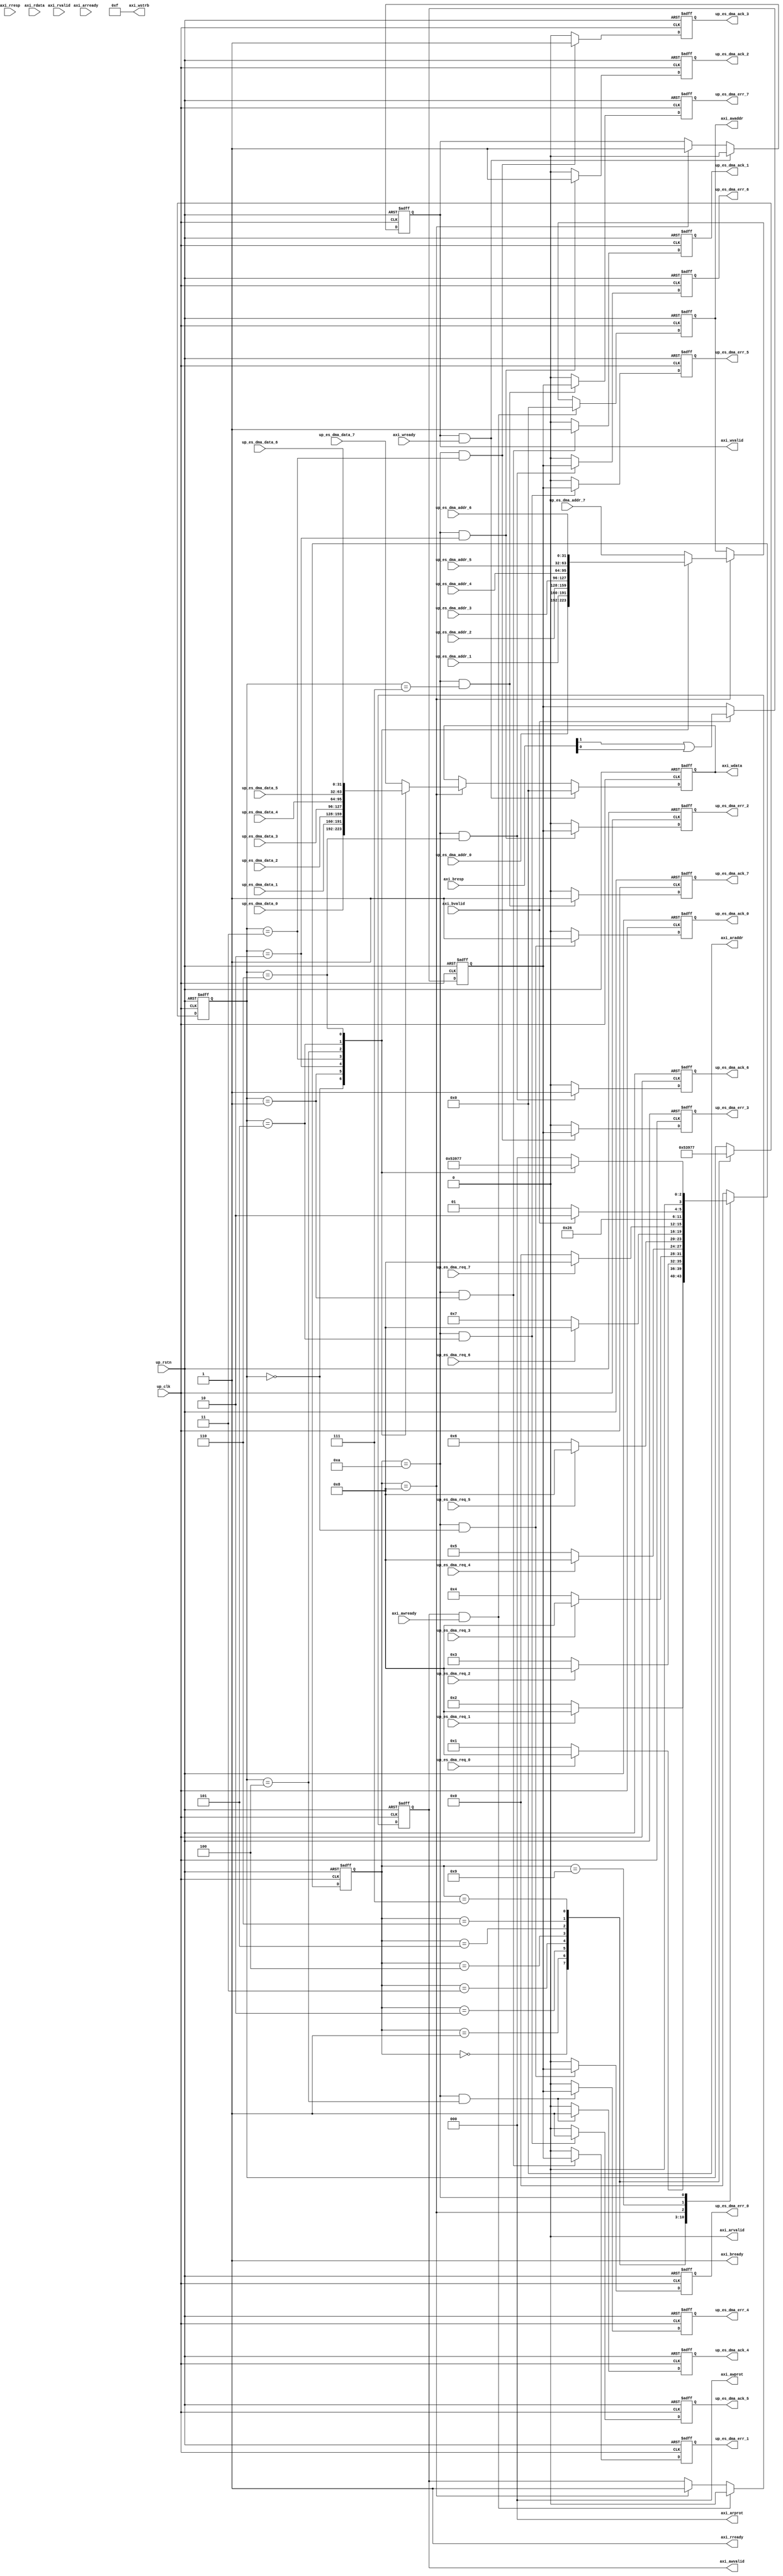
// ***************************************************************************
// ***************************************************************************
// Copyright 2011(c) Analog Devices, Inc.
// 
// All rights reserved.
// 
// Redistribution and use in source and binary forms, with or without modification,
// are permitted provided that the following conditions are met:
//     - Redistributions of source code must retain the above copyright
//       notice, this list of conditions and the following disclaimer.
//     - Redistributions in binary form must reproduce the above copyright
//       notice, this list of conditions and the following disclaimer in
//       the documentation and/or other materials provided with the
//       distribution.
//     - Neither the name of Analog Devices, Inc. nor the names of its
//       contributors may be used to endorse or promote products derived
//       from this software without specific prior written permission.
//     - The use of this software may or may not infringe the patent rights
//       of one or more patent holders.  This license does not release you
//       from the requirement that you obtain separate licenses from these
//       patent holders to use this software.
//     - Use of the software either in source or binary form, must be run
//       on or directly connected to an Analog Devices Inc. component.
//    
// THIS SOFTWARE IS PROVIDED BY ANALOG DEVICES "AS IS" AND ANY EXPRESS OR IMPLIED WARRANTIES,
// INCLUDING, BUT NOT LIMITED TO, NON-INFRINGEMENT, MERCHANTABILITY AND FITNESS FOR A
// PARTICULAR PURPOSE ARE DISCLAIMED.
//
// IN NO EVENT SHALL ANALOG DEVICES BE LIABLE FOR ANY DIRECT, INDIRECT, INCIDENTAL, SPECIAL,
// EXEMPLARY, OR CONSEQUENTIAL DAMAGES (INCLUDING, BUT NOT LIMITED TO, INTELLECTUAL PROPERTY
// RIGHTS, PROCUREMENT OF SUBSTITUTE GOODS OR SERVICES; LOSS OF USE, DATA, OR PROFITS; OR 
// BUSINESS INTERRUPTION) HOWEVER CAUSED AND ON ANY THEORY OF LIABILITY, WHETHER IN CONTRACT,
// STRICT LIABILITY, OR TORT (INCLUDING NEGLIGENCE OR OTHERWISE) ARISING IN ANY WAY OUT OF 
// THE USE OF THIS SOFTWARE, EVEN IF ADVISED OF THE POSSIBILITY OF SUCH DAMAGE.
// ***************************************************************************
// ***************************************************************************

`timescale 1ns/100ps

module ad_gt_es_axi (

  // es interface

  up_rstn,
  up_clk,
  up_es_dma_req_0,
  up_es_dma_addr_0,
  up_es_dma_data_0,
  up_es_dma_ack_0,
  up_es_dma_err_0,
  up_es_dma_req_1,
  up_es_dma_addr_1,
  up_es_dma_data_1,
  up_es_dma_ack_1,
  up_es_dma_err_1,
  up_es_dma_req_2,
  up_es_dma_addr_2,
  up_es_dma_data_2,
  up_es_dma_ack_2,
  up_es_dma_err_2,
  up_es_dma_req_3,
  up_es_dma_addr_3,
  up_es_dma_data_3,
  up_es_dma_ack_3,
  up_es_dma_err_3,
  up_es_dma_req_4,
  up_es_dma_addr_4,
  up_es_dma_data_4,
  up_es_dma_ack_4,
  up_es_dma_err_4,
  up_es_dma_req_5,
  up_es_dma_addr_5,
  up_es_dma_data_5,
  up_es_dma_ack_5,
  up_es_dma_err_5,
  up_es_dma_req_6,
  up_es_dma_addr_6,
  up_es_dma_data_6,
  up_es_dma_ack_6,
  up_es_dma_err_6,
  up_es_dma_req_7,
  up_es_dma_addr_7,
  up_es_dma_data_7,
  up_es_dma_ack_7,
  up_es_dma_err_7,

  // axi4 interface

  axi_awvalid,
  axi_awaddr,
  axi_awprot,
  axi_awready,
  axi_wvalid,
  axi_wdata,
  axi_wstrb,
  axi_wready,
  axi_bvalid,
  axi_bresp,
  axi_bready,
  axi_arvalid,
  axi_araddr,
  axi_arprot,
  axi_arready,
  axi_rvalid,
  axi_rresp,
  axi_rdata,
  axi_rready);

  // state machine (fair RR?)

  localparam  [ 3:0]  AXI_FSM_SCAN_0  = 4'h0;
  localparam  [ 3:0]  AXI_FSM_SCAN_1  = 4'h1;
  localparam  [ 3:0]  AXI_FSM_SCAN_2  = 4'h2;
  localparam  [ 3:0]  AXI_FSM_SCAN_3  = 4'h3;
  localparam  [ 3:0]  AXI_FSM_SCAN_4  = 4'h4;
  localparam  [ 3:0]  AXI_FSM_SCAN_5  = 4'h5;
  localparam  [ 3:0]  AXI_FSM_SCAN_6  = 4'h6;
  localparam  [ 3:0]  AXI_FSM_SCAN_7  = 4'h7;
  localparam  [ 3:0]  AXI_FSM_WRITE   = 4'h8;
  localparam  [ 3:0]  AXI_FSM_WAIT    = 4'h9;
  localparam  [ 3:0]  AXI_FSM_ACK     = 4'ha;

  // es interface

  input           up_rstn;
  input           up_clk;
  input           up_es_dma_req_0;
  input   [31:0]  up_es_dma_addr_0;
  input   [31:0]  up_es_dma_data_0;
  output          up_es_dma_ack_0;
  output          up_es_dma_err_0;
  input           up_es_dma_req_1;
  input   [31:0]  up_es_dma_addr_1;
  input   [31:0]  up_es_dma_data_1;
  output          up_es_dma_ack_1;
  output          up_es_dma_err_1;
  input           up_es_dma_req_2;
  input   [31:0]  up_es_dma_addr_2;
  input   [31:0]  up_es_dma_data_2;
  output          up_es_dma_ack_2;
  output          up_es_dma_err_2;
  input           up_es_dma_req_3;
  input   [31:0]  up_es_dma_addr_3;
  input   [31:0]  up_es_dma_data_3;
  output          up_es_dma_ack_3;
  output          up_es_dma_err_3;
  input           up_es_dma_req_4;
  input   [31:0]  up_es_dma_addr_4;
  input   [31:0]  up_es_dma_data_4;
  output          up_es_dma_ack_4;
  output          up_es_dma_err_4;
  input           up_es_dma_req_5;
  input   [31:0]  up_es_dma_addr_5;
  input   [31:0]  up_es_dma_data_5;
  output          up_es_dma_ack_5;
  output          up_es_dma_err_5;
  input           up_es_dma_req_6;
  input   [31:0]  up_es_dma_addr_6;
  input   [31:0]  up_es_dma_data_6;
  output          up_es_dma_ack_6;
  output          up_es_dma_err_6;
  input           up_es_dma_req_7;
  input   [31:0]  up_es_dma_addr_7;
  input   [31:0]  up_es_dma_data_7;
  output          up_es_dma_ack_7;
  output          up_es_dma_err_7;

  // axi4 interface

  output          axi_awvalid;
  output  [31:0]  axi_awaddr;
  output  [ 2:0]  axi_awprot;
  input           axi_awready;
  output          axi_wvalid;
  output  [31:0]  axi_wdata;
  output  [ 3:0]  axi_wstrb;
  input           axi_wready;
  input           axi_bvalid;
  input   [ 1:0]  axi_bresp;
  output          axi_bready;
  output          axi_arvalid;
  output  [31:0]  axi_araddr;
  output  [ 2:0]  axi_arprot;
  input           axi_arready;
  input           axi_rvalid;
  input   [31:0]  axi_rdata;
  input   [ 1:0]  axi_rresp;
  output          axi_rready;

  // internal registers

  reg             up_es_dma_ack_0 = 'd0;
  reg             up_es_dma_err_0 = 'd0;
  reg             up_es_dma_ack_1 = 'd0;
  reg             up_es_dma_err_1 = 'd0;
  reg             up_es_dma_ack_2 = 'd0;
  reg             up_es_dma_err_2 = 'd0;
  reg             up_es_dma_ack_3 = 'd0;
  reg             up_es_dma_err_3 = 'd0;
  reg             up_es_dma_ack_4 = 'd0;
  reg             up_es_dma_err_4 = 'd0;
  reg             up_es_dma_ack_5 = 'd0;
  reg             up_es_dma_err_5 = 'd0;
  reg             up_es_dma_ack_6 = 'd0;
  reg             up_es_dma_err_6 = 'd0;
  reg             up_es_dma_ack_7 = 'd0;
  reg             up_es_dma_err_7 = 'd0;
  reg             axi_awvalid = 'd0;
  reg     [31:0]  axi_awaddr = 'd0;
  reg             axi_wvalid = 'd0;
  reg     [31:0]  axi_wdata = 'd0;
  reg             axi_error = 'd0;
  reg     [ 2:0]  axi_sel = 'd0;
  reg     [ 3:0]  axi_fsm = 'd0;

  // axi write interface

  assign axi_awprot = 3'd0;
  assign axi_wstrb = 4'hf;
  assign axi_bready = 1'd1;
  assign axi_arvalid = 1'd0;
  assign axi_araddr = 32'd0;
  assign axi_arprot = 3'd0;
  assign axi_rready = 1'd1;

  always @(negedge up_rstn or posedge up_clk) begin
    if (up_rstn == 0) begin
      up_es_dma_ack_0 <= 1'b0;
      up_es_dma_err_0 <= 1'b0;
      up_es_dma_ack_1 <= 1'b0;
      up_es_dma_err_1 <= 1'b0;
      up_es_dma_ack_2 <= 1'b0;
      up_es_dma_err_2 <= 1'b0;
      up_es_dma_ack_3 <= 1'b0;
      up_es_dma_err_3 <= 1'b0;
      up_es_dma_ack_4 <= 1'b0;
      up_es_dma_err_4 <= 1'b0;
      up_es_dma_ack_5 <= 1'b0;
      up_es_dma_err_5 <= 1'b0;
      up_es_dma_ack_6 <= 1'b0;
      up_es_dma_err_6 <= 1'b0;
      up_es_dma_ack_7 <= 1'b0;
      up_es_dma_err_7 <= 1'b0;
    end else begin
      if ((axi_fsm == AXI_FSM_ACK) && (axi_sel == 3'd0)) begin
        up_es_dma_ack_0 <= 1'b1;
        up_es_dma_err_0 <= axi_error;
      end else begin
        up_es_dma_ack_0 <= 1'b0;
        up_es_dma_err_0 <= 1'b0;
      end
      if ((axi_fsm == AXI_FSM_ACK) && (axi_sel == 3'd1)) begin
        up_es_dma_ack_1 <= 1'b1;
        up_es_dma_err_1 <= axi_error;
      end else begin
        up_es_dma_ack_1 <= 1'b0;
        up_es_dma_err_1 <= 1'b0;
      end
      if ((axi_fsm == AXI_FSM_ACK) && (axi_sel == 3'd2)) begin
        up_es_dma_ack_2 <= 1'b1;
        up_es_dma_err_2 <= axi_error;
      end else begin
        up_es_dma_ack_2 <= 1'b0;
        up_es_dma_err_2 <= 1'b0;
      end
      if ((axi_fsm == AXI_FSM_ACK) && (axi_sel == 3'd3)) begin
        up_es_dma_ack_3 <= 1'b1;
        up_es_dma_err_3 <= axi_error;
      end else begin
        up_es_dma_ack_3 <= 1'b0;
        up_es_dma_err_3 <= 1'b0;
      end
      if ((axi_fsm == AXI_FSM_ACK) && (axi_sel == 3'd4)) begin
        up_es_dma_ack_4 <= 1'b1;
        up_es_dma_err_4 <= axi_error;
      end else begin
        up_es_dma_ack_4 <= 1'b0;
        up_es_dma_err_4 <= 1'b0;
      end
      if ((axi_fsm == AXI_FSM_ACK) && (axi_sel == 3'd5)) begin
        up_es_dma_ack_5 <= 1'b1;
        up_es_dma_err_5 <= axi_error;
      end else begin
        up_es_dma_ack_5 <= 1'b0;
        up_es_dma_err_5 <= 1'b0;
      end
      if ((axi_fsm == AXI_FSM_ACK) && (axi_sel == 3'd6)) begin
        up_es_dma_ack_6 <= 1'b1;
        up_es_dma_err_6 <= axi_error;
      end else begin
        up_es_dma_ack_6 <= 1'b0;
        up_es_dma_err_6 <= 1'b0;
      end
      if ((axi_fsm == AXI_FSM_ACK) && (axi_sel == 3'd7)) begin
        up_es_dma_ack_7 <= 1'b1;
        up_es_dma_err_7 <= axi_error;
      end else begin
        up_es_dma_ack_7 <= 1'b0;
        up_es_dma_err_7 <= 1'b0;
      end
    end
  end

  always @(negedge up_rstn or posedge up_clk) begin
    if (up_rstn == 0) begin
      axi_awvalid <= 'b0;
      axi_awaddr <= 'd0;
      axi_wvalid <= 'b0;
      axi_wdata <= 'd0;
      axi_error <= 'd0;
    end else begin
      if ((axi_awvalid == 1'b1) && (axi_awready == 1'b1)) begin
        axi_awvalid <= 1'b0;
        axi_awaddr <= 32'd0;
      end else if (axi_fsm == AXI_FSM_WRITE) begin
        axi_awvalid <= 1'b1;
        case (axi_sel)
          3'b000:  axi_awaddr <= up_es_dma_addr_0;
          3'b001:  axi_awaddr <= up_es_dma_addr_1;
          3'b010:  axi_awaddr <= up_es_dma_addr_2;
          3'b011:  axi_awaddr <= up_es_dma_addr_3;
          3'b100:  axi_awaddr <= up_es_dma_addr_4;
          3'b101:  axi_awaddr <= up_es_dma_addr_5;
          3'b110:  axi_awaddr <= up_es_dma_addr_6;
          default: axi_awaddr <= up_es_dma_addr_7;
        endcase
      end
      if ((axi_wvalid == 1'b1) && (axi_wready == 1'b1)) begin
        axi_wvalid <= 1'b0;
        axi_wdata <= 32'd0;
      end else if (axi_fsm == AXI_FSM_WRITE) begin
        axi_wvalid <= 1'b1;
        case (axi_sel)
          3'b000:  axi_wdata <= up_es_dma_data_0;
          3'b001:  axi_wdata <= up_es_dma_data_1;
          3'b010:  axi_wdata <= up_es_dma_data_2;
          3'b011:  axi_wdata <= up_es_dma_data_3;
          3'b100:  axi_wdata <= up_es_dma_data_4;
          3'b101:  axi_wdata <= up_es_dma_data_5;
          3'b110:  axi_wdata <= up_es_dma_data_6;
          default: axi_wdata <= up_es_dma_data_7;
        endcase
      end
      if (axi_bvalid == 1'b1) begin
        axi_error <= axi_bresp[1] | axi_bresp[0];
      end
    end
  end

  always @(negedge up_rstn or posedge up_clk) begin
    if (up_rstn == 0) begin
      axi_sel <= 3'd0;
      axi_fsm <= AXI_FSM_SCAN_0;
    end else begin
      case (axi_fsm)
        AXI_FSM_SCAN_0: begin
          axi_sel <= 3'd0;
          if (up_es_dma_req_0 == 1'b1) begin
            axi_fsm <= AXI_FSM_WRITE;
          end else begin
            axi_fsm <= AXI_FSM_SCAN_1;
          end
        end
        AXI_FSM_SCAN_1: begin
          axi_sel <= 3'd1;
          if (up_es_dma_req_1 == 1'b1) begin
            axi_fsm <= AXI_FSM_WRITE;
          end else begin
            axi_fsm <= AXI_FSM_SCAN_2;
          end
        end
        AXI_FSM_SCAN_2: begin
          axi_sel <= 3'd2;
          if (up_es_dma_req_2 == 1'b1) begin
            axi_fsm <= AXI_FSM_WRITE;
          end else begin
            axi_fsm <= AXI_FSM_SCAN_3;
          end
        end
        AXI_FSM_SCAN_3: begin
          axi_sel <= 3'd3;
          if (up_es_dma_req_3 == 1'b1) begin
            axi_fsm <= AXI_FSM_WRITE;
          end else begin
            axi_fsm <= AXI_FSM_SCAN_4;
          end
        end
        AXI_FSM_SCAN_4: begin
          axi_sel <= 3'd4;
          if (up_es_dma_req_4 == 1'b1) begin
            axi_fsm <= AXI_FSM_WRITE;
          end else begin
            axi_fsm <= AXI_FSM_SCAN_5;
          end
        end
        AXI_FSM_SCAN_5: begin
          axi_sel <= 3'd5;
          if (up_es_dma_req_5 == 1'b1) begin
            axi_fsm <= AXI_FSM_WRITE;
          end else begin
            axi_fsm <= AXI_FSM_SCAN_6;
          end
        end
        AXI_FSM_SCAN_6: begin
          axi_sel <= 3'd6;
          if (up_es_dma_req_6 == 1'b1) begin
            axi_fsm <= AXI_FSM_WRITE;
          end else begin
            axi_fsm <= AXI_FSM_SCAN_7;
          end
        end
        AXI_FSM_SCAN_7: begin
          axi_sel <= 3'd7;
          if (up_es_dma_req_7 == 1'b1) begin
            axi_fsm <= AXI_FSM_WRITE;
          end else begin
            axi_fsm <= AXI_FSM_SCAN_0;
          end
        end
  
        AXI_FSM_WRITE: begin
          axi_sel <= axi_sel;
          axi_fsm <= AXI_FSM_WAIT;
        end
        AXI_FSM_WAIT: begin
          axi_sel <= axi_sel;
          if (axi_bvalid == 1'b1) begin
            axi_fsm <= AXI_FSM_ACK;
          end else begin
            axi_fsm <= AXI_FSM_WAIT;
          end
        end
        AXI_FSM_ACK: begin
          axi_sel <= axi_sel;
          case (axi_sel)
            3'b000:  axi_fsm <= AXI_FSM_SCAN_1;
            3'b001:  axi_fsm <= AXI_FSM_SCAN_2;
            3'b010:  axi_fsm <= AXI_FSM_SCAN_3;
            3'b011:  axi_fsm <= AXI_FSM_SCAN_4;
            3'b100:  axi_fsm <= AXI_FSM_SCAN_5;
            3'b101:  axi_fsm <= AXI_FSM_SCAN_6;
            3'b110:  axi_fsm <= AXI_FSM_SCAN_7;
            default: axi_fsm <= AXI_FSM_SCAN_0;
          endcase
        end

        default: begin
          axi_fsm <= AXI_FSM_SCAN_0;
        end
      endcase
    end
  end

endmodule

// ***************************************************************************
// ***************************************************************************